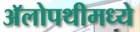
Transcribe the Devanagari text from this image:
अॅलोपथीमध्ये